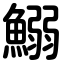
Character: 鰯